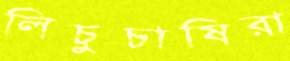
লিচুচাষিরা